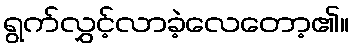
ရွက်လွှင့်လာခဲ့လေတော့၏။